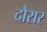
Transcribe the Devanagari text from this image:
दौरार